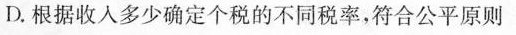
D.根据收入多少确定个税的不同税率，符合公平原则